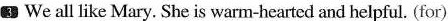
3 We all like Mary. She is warm-hearted and helpful. (for)